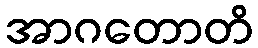
အာဂတောတိ